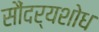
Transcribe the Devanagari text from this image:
सौंदर्यशोध